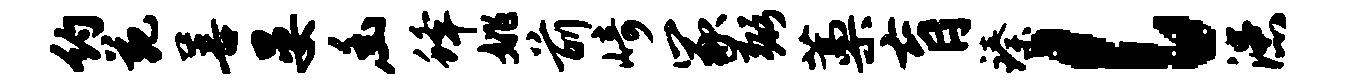
约苑善晏幽蜂姚前崎冢弼藁肓臻l漶